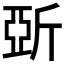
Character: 𣂪